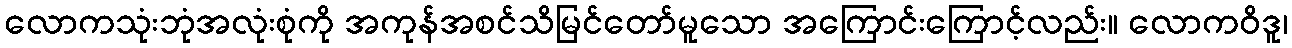
လောကသုံးဘုံအလုံးစုံကို အကုန်အစင်သိမြင်တော်မူသော အကြောင်းကြောင့်လည်း။ လောကဝိဒူ၊